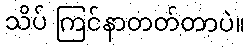
သိပ် ကြင်နာတတ်တာပဲ။